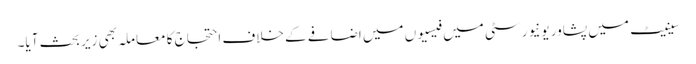
سینیٹ میں پشاور یونیورسٹی میں فیسیوں میں اضافے کے خلاف احتجاج کا معاملہ بھی زیر بحث آیا۔